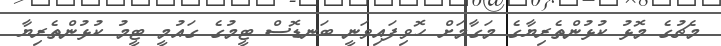
މެޗުގެ މޮޅު ކުޅުންތެރިޔާގެ މަގާމަށް ހޮވިފައިވަނީ ބަނޑޮސް ޓީމުގެ ގައުމީ ޓީމު ކުޅުންތެރިޔާ